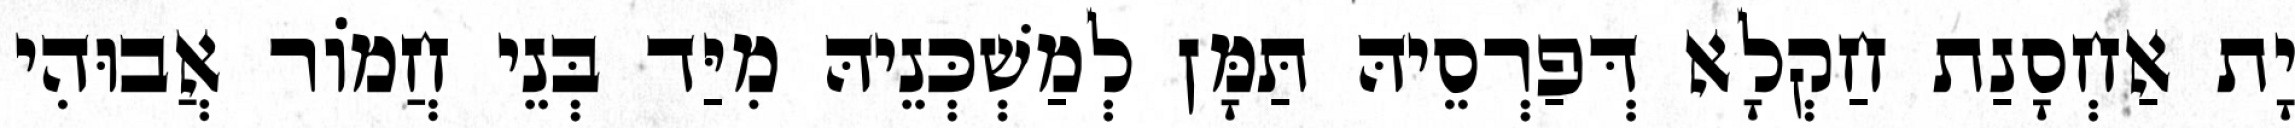
יָת אַחְסָנַת חַקְלָא דְּפַרְסֵיהּ תַּמָּן לְמַשְׁכְּנֵיהּ מִיַּד בְּנֵי חֲמוֹר אֲבוּהִי